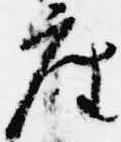
座